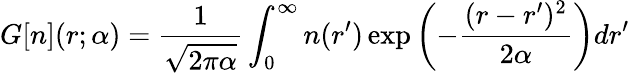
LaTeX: G[n](r;\alpha)=\frac{1}{\sqrt{2\pi\alpha}}\int_{0}^{\infty}n(r^{\prime})\exp\left(-\frac{(r-r^{\prime})^{2}}{2\alpha}\right)dr^{\prime}